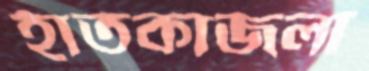
হাতকাজলা